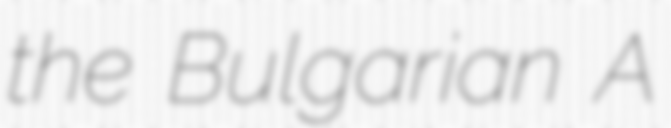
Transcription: the Bulgarian A